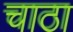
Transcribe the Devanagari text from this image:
चाठा